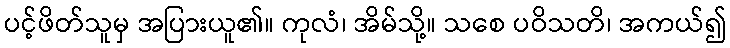
ပင့်ဖိတ်သူမှ အပြားယူ၏။ ကုလံ၊ အိမ်သို့။ သစေ ပဝိသတိ၊ အကယ်၍